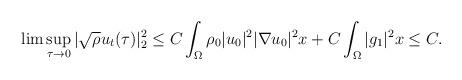
LaTeX: \begin{align*}\lim \sup_{\tau\rightarrow 0}|\sqrt{\rho}u_t(\tau)|^2_2 \leq C\int_{\Omega} \rho_0 |u_0|^2|\nabla u_0|^2x+C\int_{\Omega} |g_1|^2x\leq C.\end{align*}